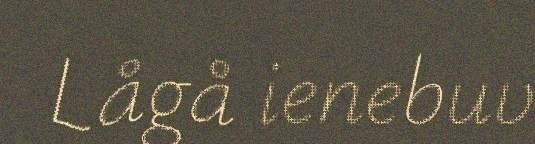
Lågå ienebuv